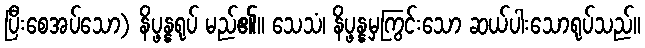
ပြီးစေအပ်သော) နိပ္ဖန္နရုပ် မည်၏။ သေသံ၊ နိပ္ဖန္နမှကြွင်းသော ဆယ်ပါးသောရုပ်သည်။